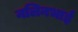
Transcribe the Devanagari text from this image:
नलिनभाई